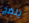
ينضج